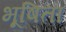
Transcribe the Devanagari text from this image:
भूषिता